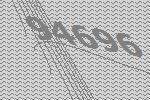
94696